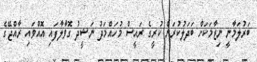
ބަރުލަމާނީ ނިޒާމަކަށް ބަދަލުކުރަން ކުރީގެ ރައީސް މުހައްމަދު ނަޝީދު ގޮވާލާފައި އޮއްވައި ރާއްޖޭގެ